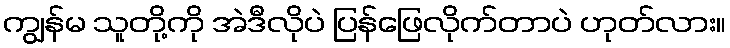
ကျွန်မ သူတို့ကို အဲဒီလိုပဲ ပြန်ဖြေလိုက်တာပဲ ဟုတ်လား။